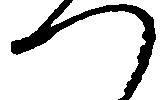
つ